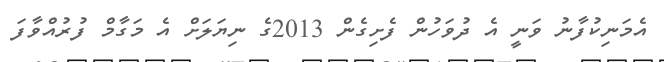
އެމަނިކުފާނު ވަނީ އެ ދުވަހުން ފެށިގެން 2013ގެ ނިޔަލަށް އެ މަގާމް ފުރުއްވާފަ